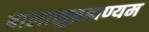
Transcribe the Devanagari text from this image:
बालासुब्रह्मण्यम